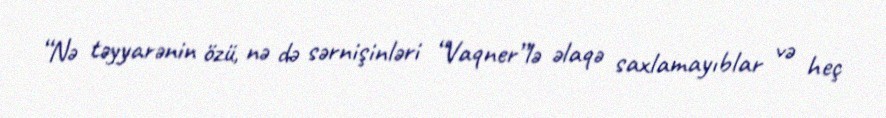
“Nə təyyarənin özü, nə də sərnişinləri “Vaqner”lə əlaqə saxlamayıblar və heç